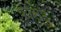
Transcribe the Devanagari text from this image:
फ़ॉसेट